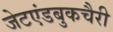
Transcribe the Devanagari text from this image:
जेटएंडबुकचैरी